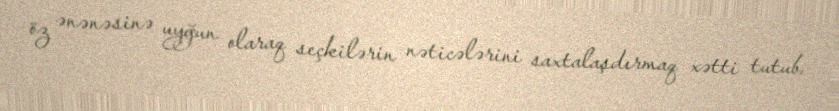
öz ənənəsinə uyğun olaraq seçkilərin nəticələrini saxtalaşdırmaq xətti tutub.